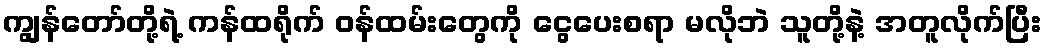
ကျွန်တော်တို့ရဲ့ ကန်ထရိုက် ဝန်ထမ်းတွေကို ငွေပေးစရာ မလိုဘဲ သူတို့နဲ့ အတူလိုက်ပြီး